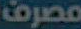
مصرف